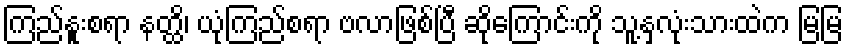
ကြည်နူးစရာ နတ္ထိ၊ ယုံကြည်စရာ ဗလာဖြစ်ပြီ ဆိုကြောင်းကို သူ့နှလုံးသားထဲက မြမြ